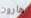
هارون